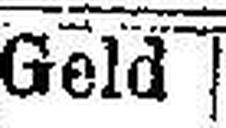
Geld